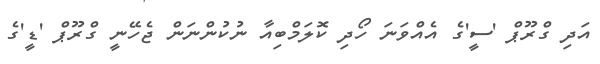
އަދި ގްރޫޕް 'ސީ'ގެ އެއްވަނަ ހޯދި ކޮލަމްބިއާ ނުކުންނަން ޖެހޭނީ ގްރޫޕް 'ޑީ'ގެ